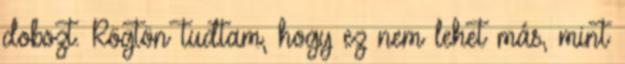
dobozt. Rögtön tudtam, hogy ez nem lehet más, mint